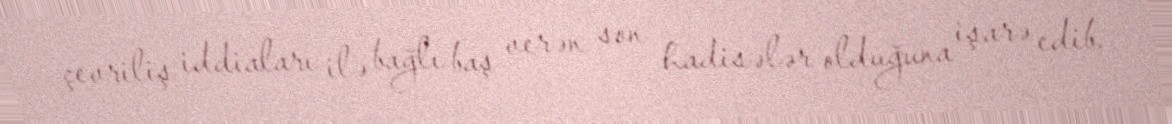
çevriliş iddiaları ilə bağlı baş verən son hadisələr olduğuna işarə edib.